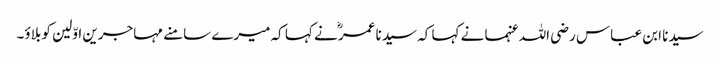
سیدنا ابن عباس رضی اللہ عنہما نے کہا کہ سیدنا عمرؓ نے کہا کہ میرے سامنے مہاجرین اوّلین کو بلاؤ۔